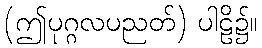
(ဤပုဂ္ဂလပညတ်) ပါဠိ၌။